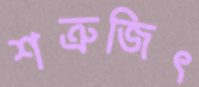
শত্রুজিৎ